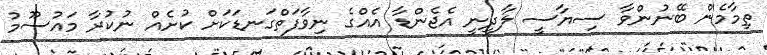
ތިމާމެން ބޭނުންވާ ސިޔާސީ ލާދީނީ އެޖެންޑާ އެއްގެ ނިވާފަތްގަނޑަކަށް ކުށެއް ނުކުރާ މައުސޫމު